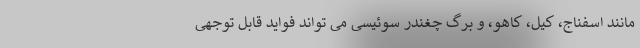
مانند اسفناج، کیل، کاهو، و برگ چغندر سوئیسی می تواند فواید قابل توجهی